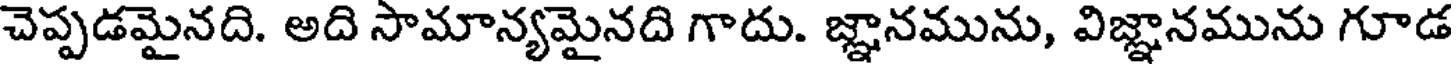
చెప్పడమైనది. అది సామాన్యమైనది గాదు. జ్ఞానమును, విజ్ఞానమును గూడ